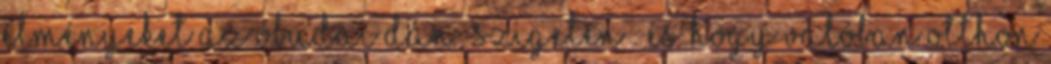
élményeket az óbudai dán „szigeten”. És hogy valóban otthon